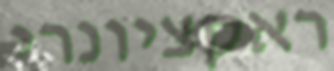
ראקציונרי